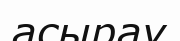
асырау